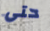
حتى